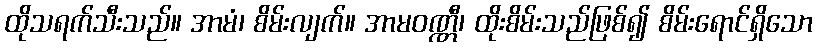
ထိုသရက်သီးသည်။ အာမံ၊ စိမ်းလျက်။ အာမဝဏ္ဏီ၊ ထိုးစိမ်းသည်ဖြစ်၍ စိမ်းရောင်ရှိသော